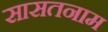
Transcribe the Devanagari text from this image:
सासतनाम